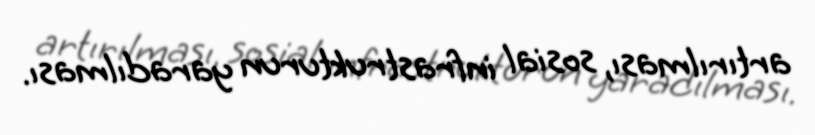
artırılması, sosial infrastrukturun yaradılması.